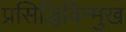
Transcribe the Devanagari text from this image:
प्रसिद्धिविन्मुख